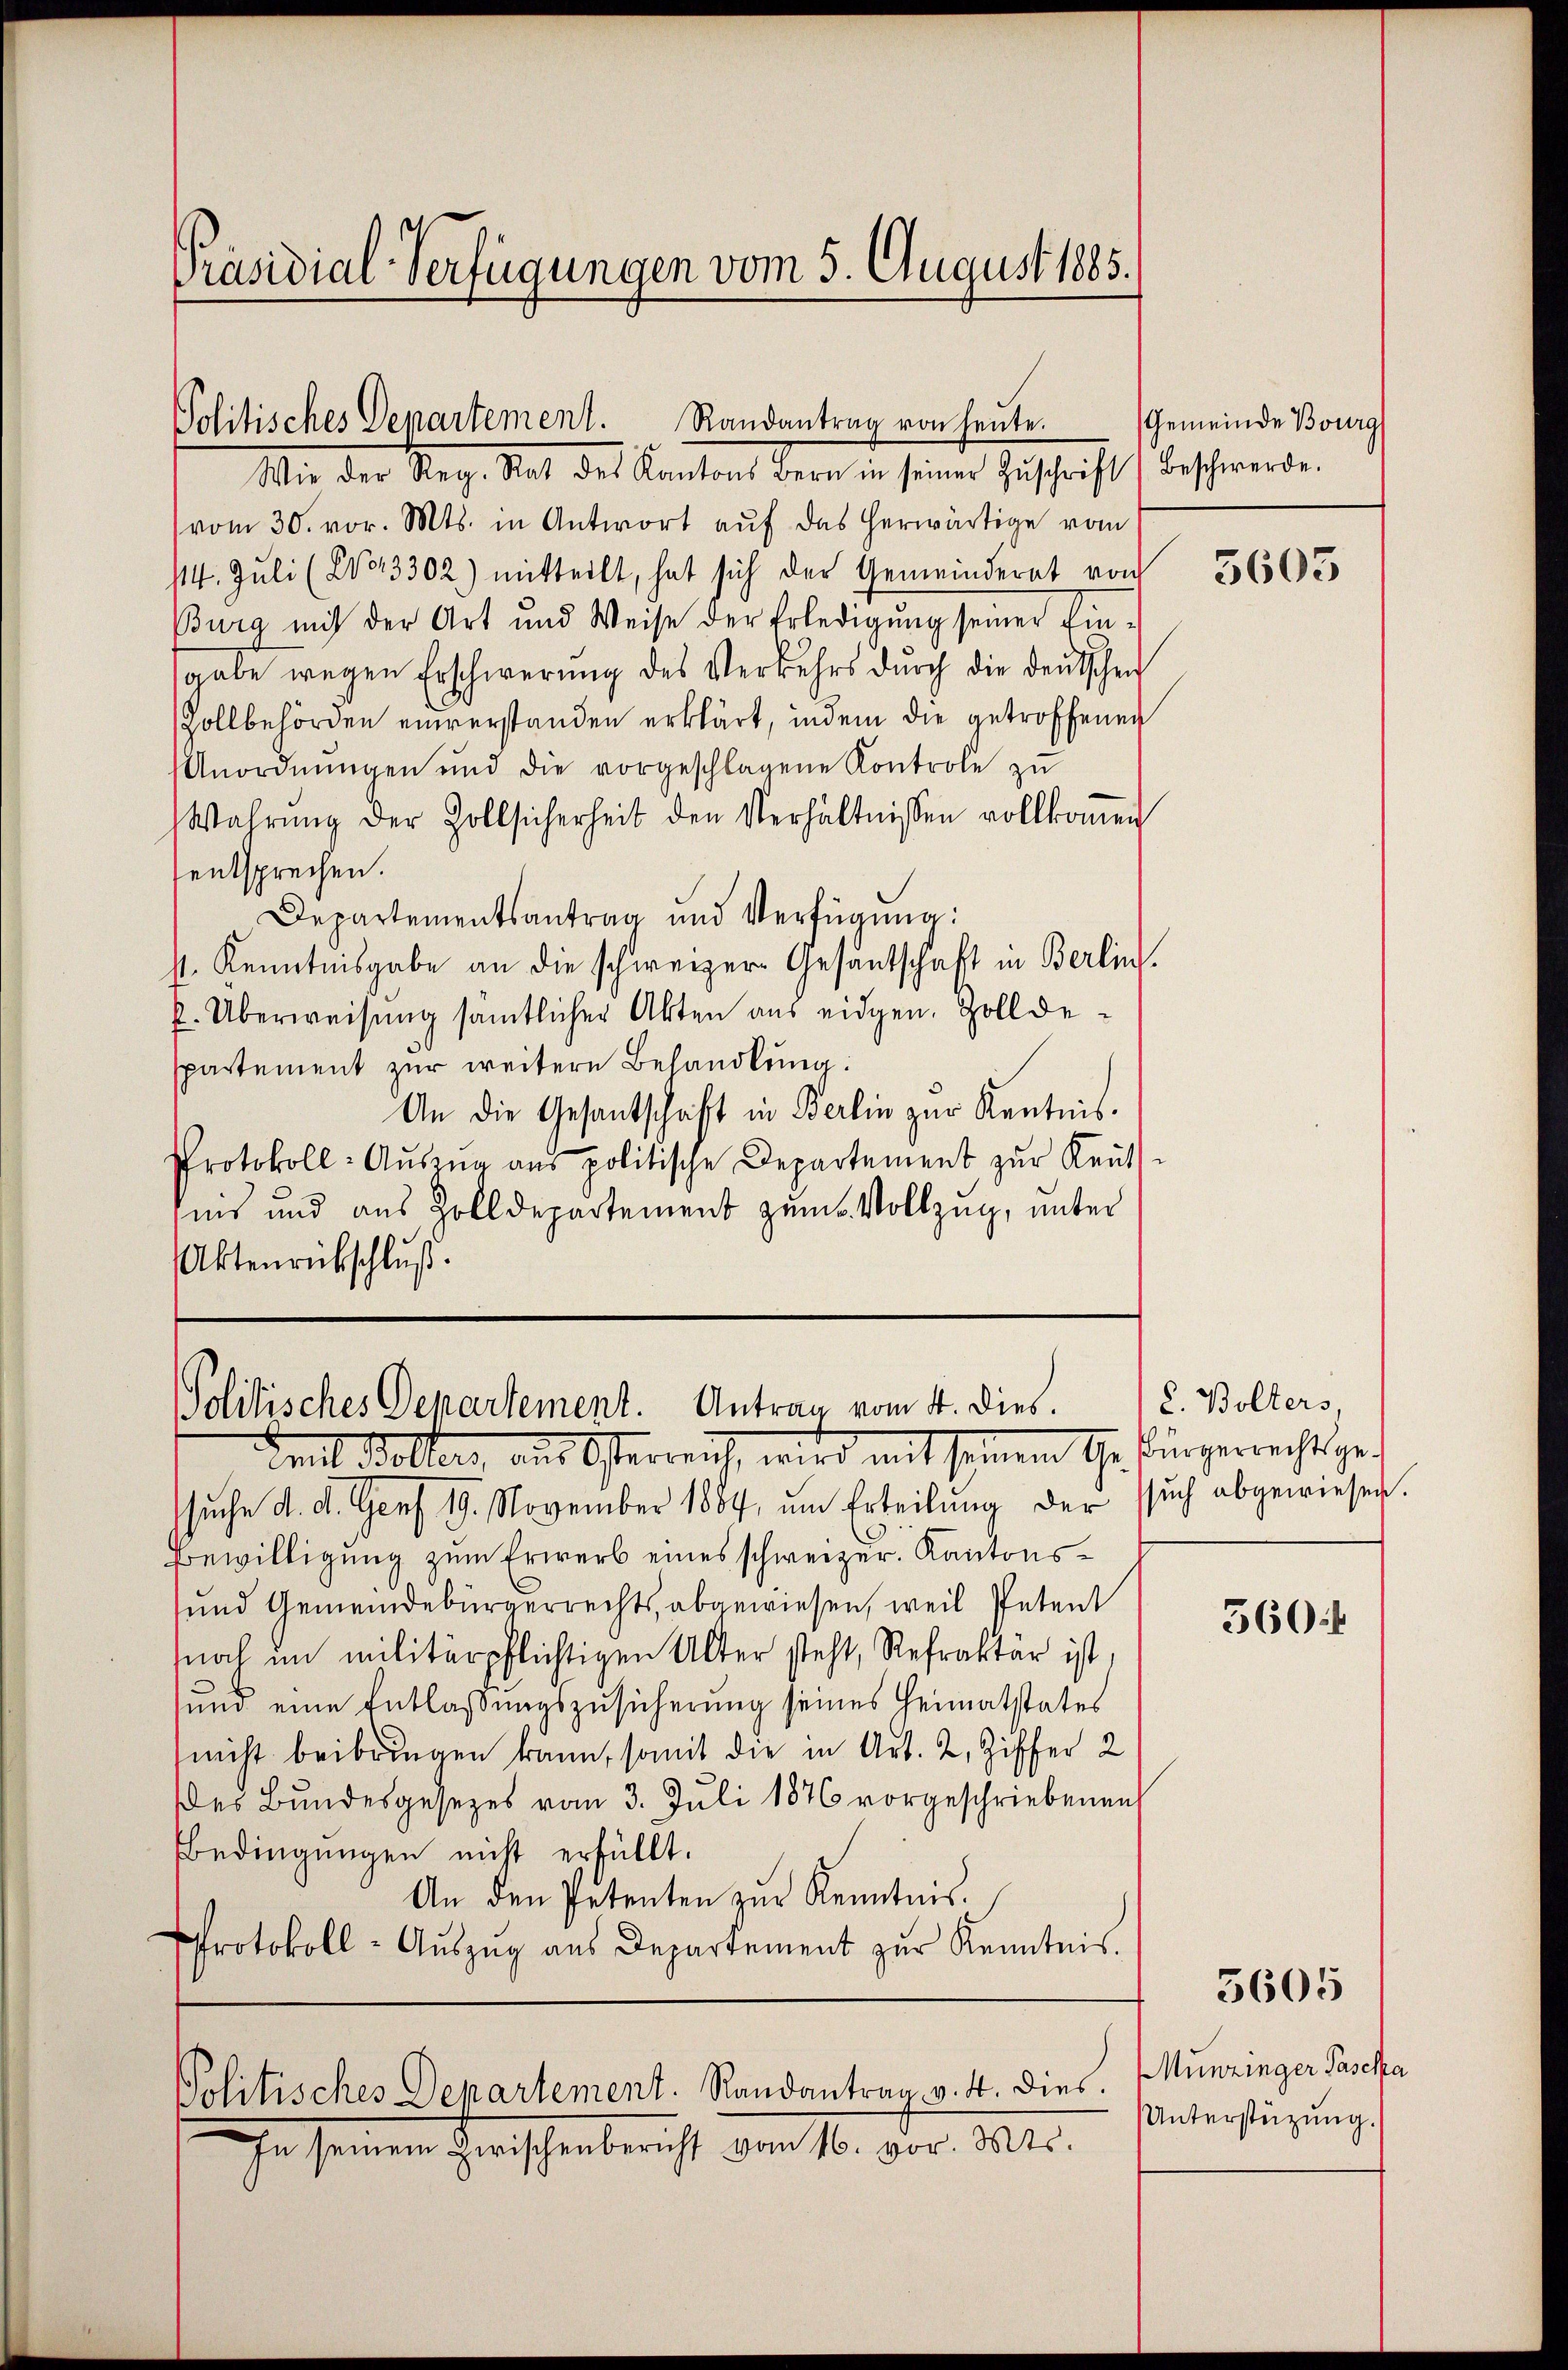
Präsidial-Verfügungen vom 5. August 1885.

Politisches Departement. Randantrag von heute.
Wie der Reg. Rat des Kantons Bern in seiner Zŭschrift) beschwerde.

vom 30. vor. Mts. in Antwort auf das herwärtige vom
14. Jŭli (203302) mitteilt, hat sich der Gemeinderat von
Burg mit der Art und Weise der Erledigŭng seiner Ein-
sgabe wegen Erschwerung des Verkehrs durch die deutschen
Zollbehörden einverstanden erklärt, indem die getroffenen
Anordnŭngen und die vorgeschlagene Kontrole zŭ
Wahrŭng der Zollsicherheit den Verhältnissen vollkoṁen
entsprechen.
Departementsantrag und Verfügŭng:
st. Kenntnisgabe an die schweizer Gesantschaft in Berlin.
f. Überweisung sämtlicher Akten aus eidgen. Zolldespartement zur weitere Behandlung:
An die Gesantschaft in Berlin zur Kentnis.
Protokoll-Aŭsza ans politische Departement zur Reut-
seis und aus Zolldepartement zum Vollzug, unter
Aktenrückschluß.

Politisches Departement. Antrag vom 4. dies.
Emil Koller, aus Osterreich, wird mit seinem Ehe fürgerrecht ge¬

In seinen Zwischenbericht von 10. vor. Mts.

suche d. d. Genf 19. November 1884, um Erteilung der such abgewiesen.
Bewilligung zum Erwerb eines schweizer. Kantons¬
und Gemeindebürgerrechts, abgewiesen, weil Petent
noch im militärpflichtigen Alter steht, Refrakter ist,
und eine Entlaßungszusicherung seines Heimatstates
nicht beibringen kann, somit die in Art. 2, Ziffer 2
es Bundesgesetzes vom 3. Juli 1876 vorgeschriebenen
Bedingungen nicht erfüllt.
An den Petenten zur Kenntnis.
Protokoll-Aŭszŭg aŭs Departement zŭr Kenntnis.

Politisches Departement. Randantrag v. 4. dies

Gemeinde Bourg

C. Bolters,

5603

560

5605

Munzinger Pascha
Unterstüzung.